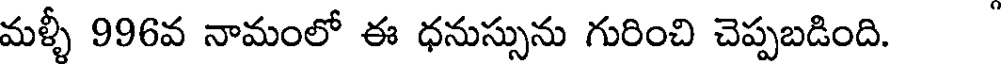
మళ్ళీ 996వ నామంలో ఈ ధనుస్సును గురించి చెప్పబడింది.